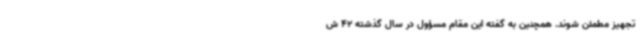
تجهیز مطمئن شوند. همچنین به گفته این مقام مسؤول در سال گذشته 42 ش